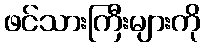
ဖင်သားကြီးများကို